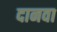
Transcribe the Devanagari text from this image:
दानवा